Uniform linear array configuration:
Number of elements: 12
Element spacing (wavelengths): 0.25
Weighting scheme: hann
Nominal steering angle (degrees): -45
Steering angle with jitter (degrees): -46.092
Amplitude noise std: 0.05
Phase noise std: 0.05

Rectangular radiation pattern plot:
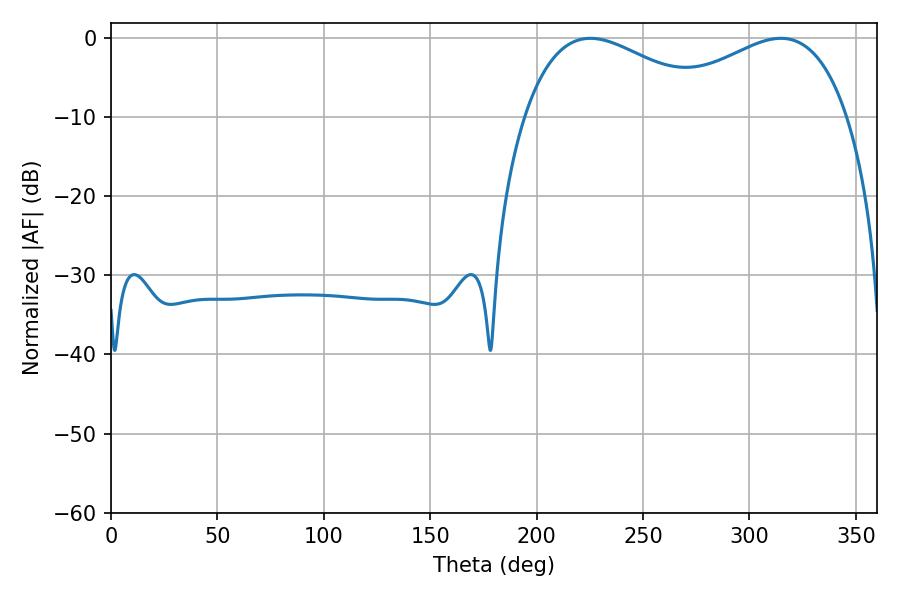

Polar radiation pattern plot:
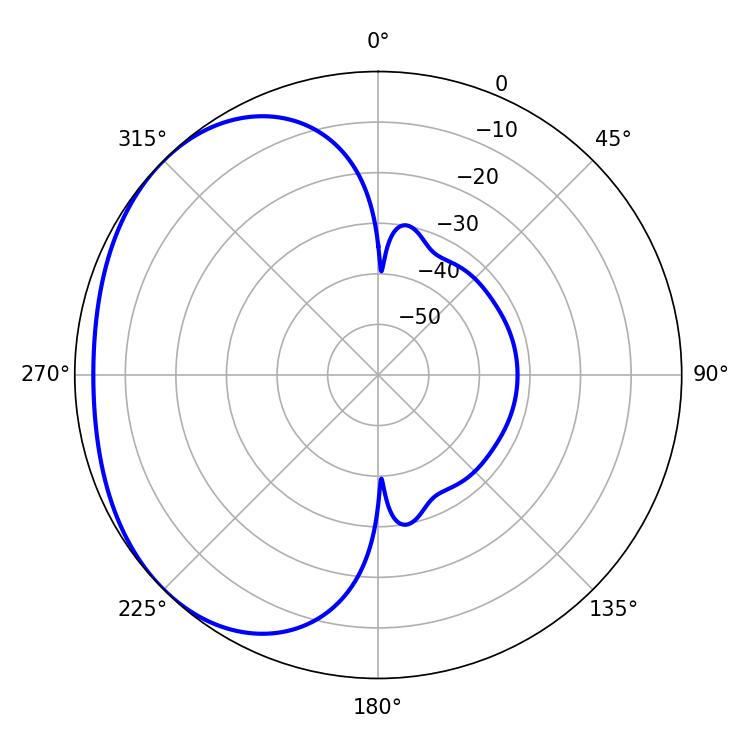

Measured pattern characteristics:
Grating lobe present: FALSE
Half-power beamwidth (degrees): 50.22
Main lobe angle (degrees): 225.18